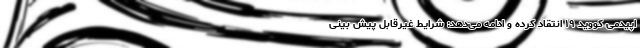
اپیدمی کووید ۱۹ انتقاد کرده و ادامه می‌دهد: شرایط غیرقابل پیش بینی